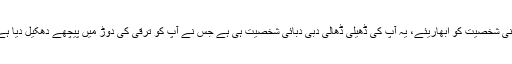
اپنی شخصیت کو اُبھاریئے، یہ آپ کی ڈھیلی ڈھالی دبی دبائی شخصیت ہی ہے جس نے آپ کو ترقی کی دوڑ میں پیچھے دھکیل دیا ہے۔